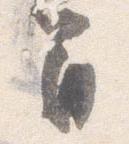
間